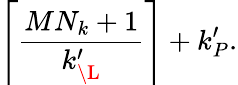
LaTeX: \left\lceil\frac{MN_{k}+1}{k_{\L}^{\prime}}\right\rceil+k_{P}^{\prime}.